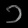
Digit: ၁